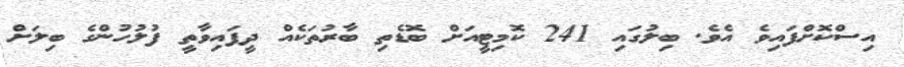
އިސްކޮށްފައިވެ އެވެ. ބިލުގައި 241 ކޮމިޓީއަށް ބޮޑެތި ބާރުތަކެއް ދީފައިވާތީ ފުލުހުންގެ ބިލަށް